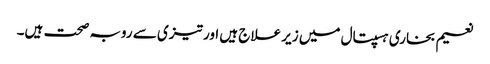
نعیم بخاری ہسپتال میں زیر علاج ہیں اور تیزی سے روبہ صحت ہیں۔